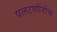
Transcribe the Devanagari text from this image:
पलटणींनीच